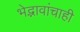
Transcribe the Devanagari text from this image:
भेद्भावांचाही